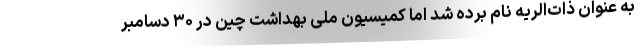
به عنوان ذات‌الریه نام برده شد اما کمیسیون ملی بهداشت چین در ۳۰ دسامبر